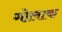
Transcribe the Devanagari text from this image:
गोलाक